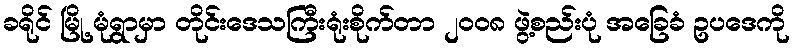
ခရိုင် မြို့ မုံရွာမှာ တိုင်းဒေသကြီးရုံးစိုက်တာ ၂ဝဝ၈ ဖွဲ့စည်းပုံ အခြေခံ ဥပဒေကို